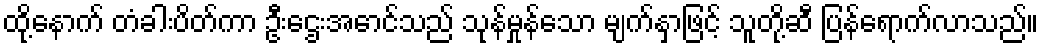
ထို့နောက် တံခါးပိတ်ကာ ဦးဌေးအောင်သည် သုန်မှုန်သော မျက်နှာဖြင့် သူတို့ဆီ ပြန်ရောက်လာသည်။